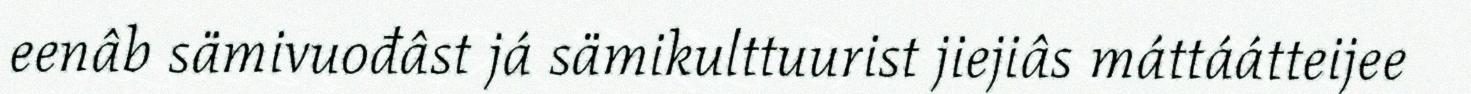
eenâb sämivuođâst já sämikulttuurist jiejiâs máttáátteijee